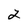
Character: 2